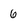
Character: 6